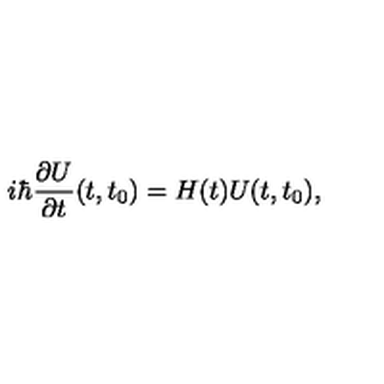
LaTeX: i \hbar \frac { \partial U } { \partial t } ( t , t _ { 0 } ) = H ( t ) U ( t , t _ { 0 } ) ,